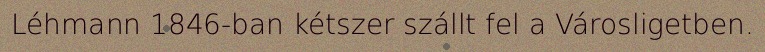
Léhmann 1846-ban kétszer szállt fel a Városligetben.